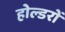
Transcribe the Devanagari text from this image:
होल्डरों